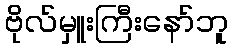
ဗိုလ်မှူးကြီးနော်ဘူ